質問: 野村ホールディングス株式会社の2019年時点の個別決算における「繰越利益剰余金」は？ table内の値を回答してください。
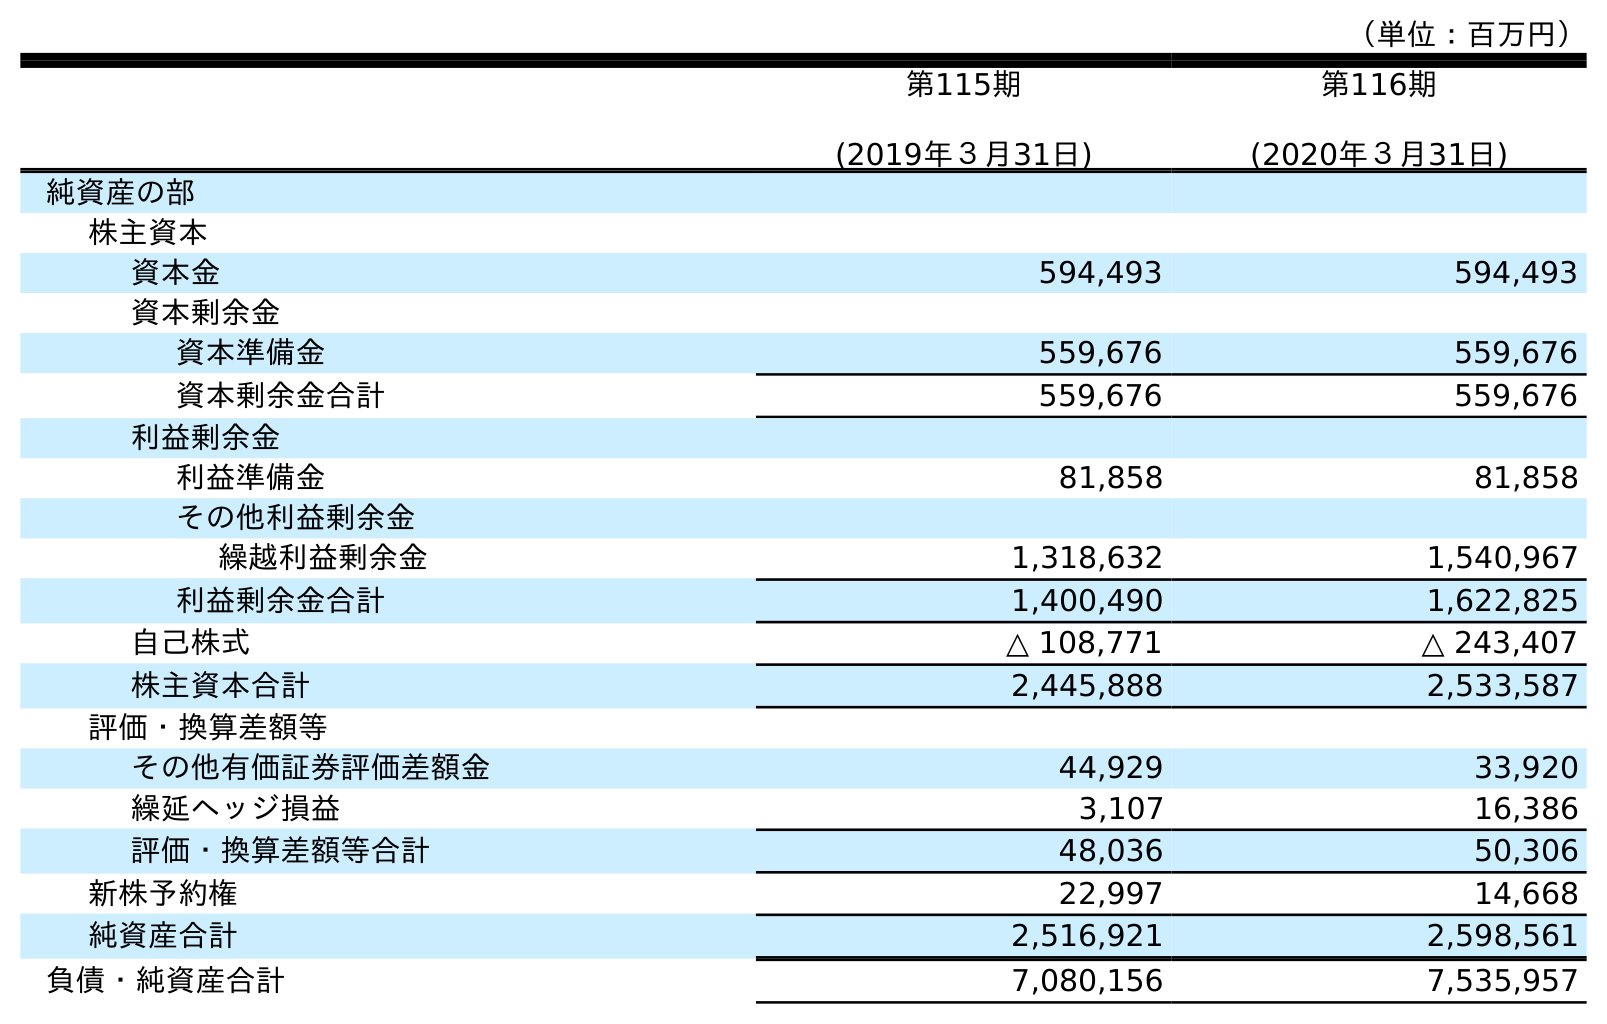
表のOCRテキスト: （単位：百万円） 第115期 (2019年３月31日) 第116期 (2020年３月31日) 純資産の部 株主資本 資本金 594,493 594,493 資本剰余金 資本準備金 559,676 559,676 資本剰余金合計 559,676 559,676 利益剰余金 利益準備金 81,858 81,858 その他利益剰余金 繰越利益剰余金 1,318,632 1,540,967 利益剰余金合計 1,400,490 1,622,825 自己株式 △ 108,771 △ 243,407 株主資本合計 2,445,888 2,533,587 評価・換算差額等 その他有価証券評価差額金 44,929 33,920 繰延ヘッジ損益 3,107 16,386 評価・換算差額等合計 48,036 50,306 新株予約権 22,997 14,668 純資産合計 2,516,921 2,598,561 負債・純資産合計 7,080,156 7,535,957
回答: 1,318,632